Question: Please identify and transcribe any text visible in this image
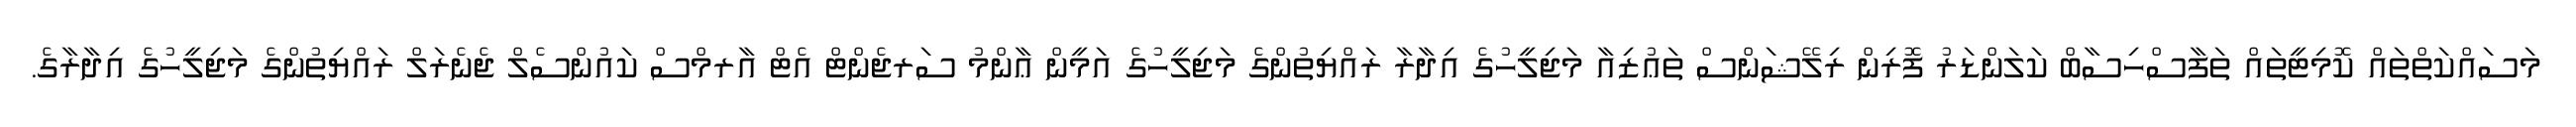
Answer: މަސައްކަތްތައް ކޮމިޓީތައް ތަފާސްހިސާބް ކަލަންޑަރު ފޮރިން ރިލޭޝަންސް ތަޢުޒިއާ މަޖިލީހުގެ އިދާރާ ރައްޔިތުންގެ މަޖިލީހުގެ އަމީން ޢާންމު ސަރޖެންޓް އެޓް އާރމްސް ކައުންސެލް ޖެނެރަލް ރައްޔިތުންގެ މަޖިލީހުގެ އިދާރާގެ.